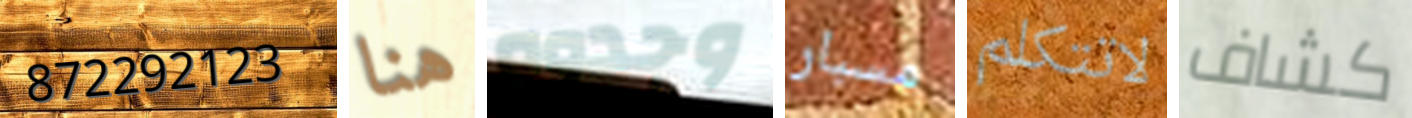
872292123 هنا وجدوه مسبار لاتتكلم كشاف